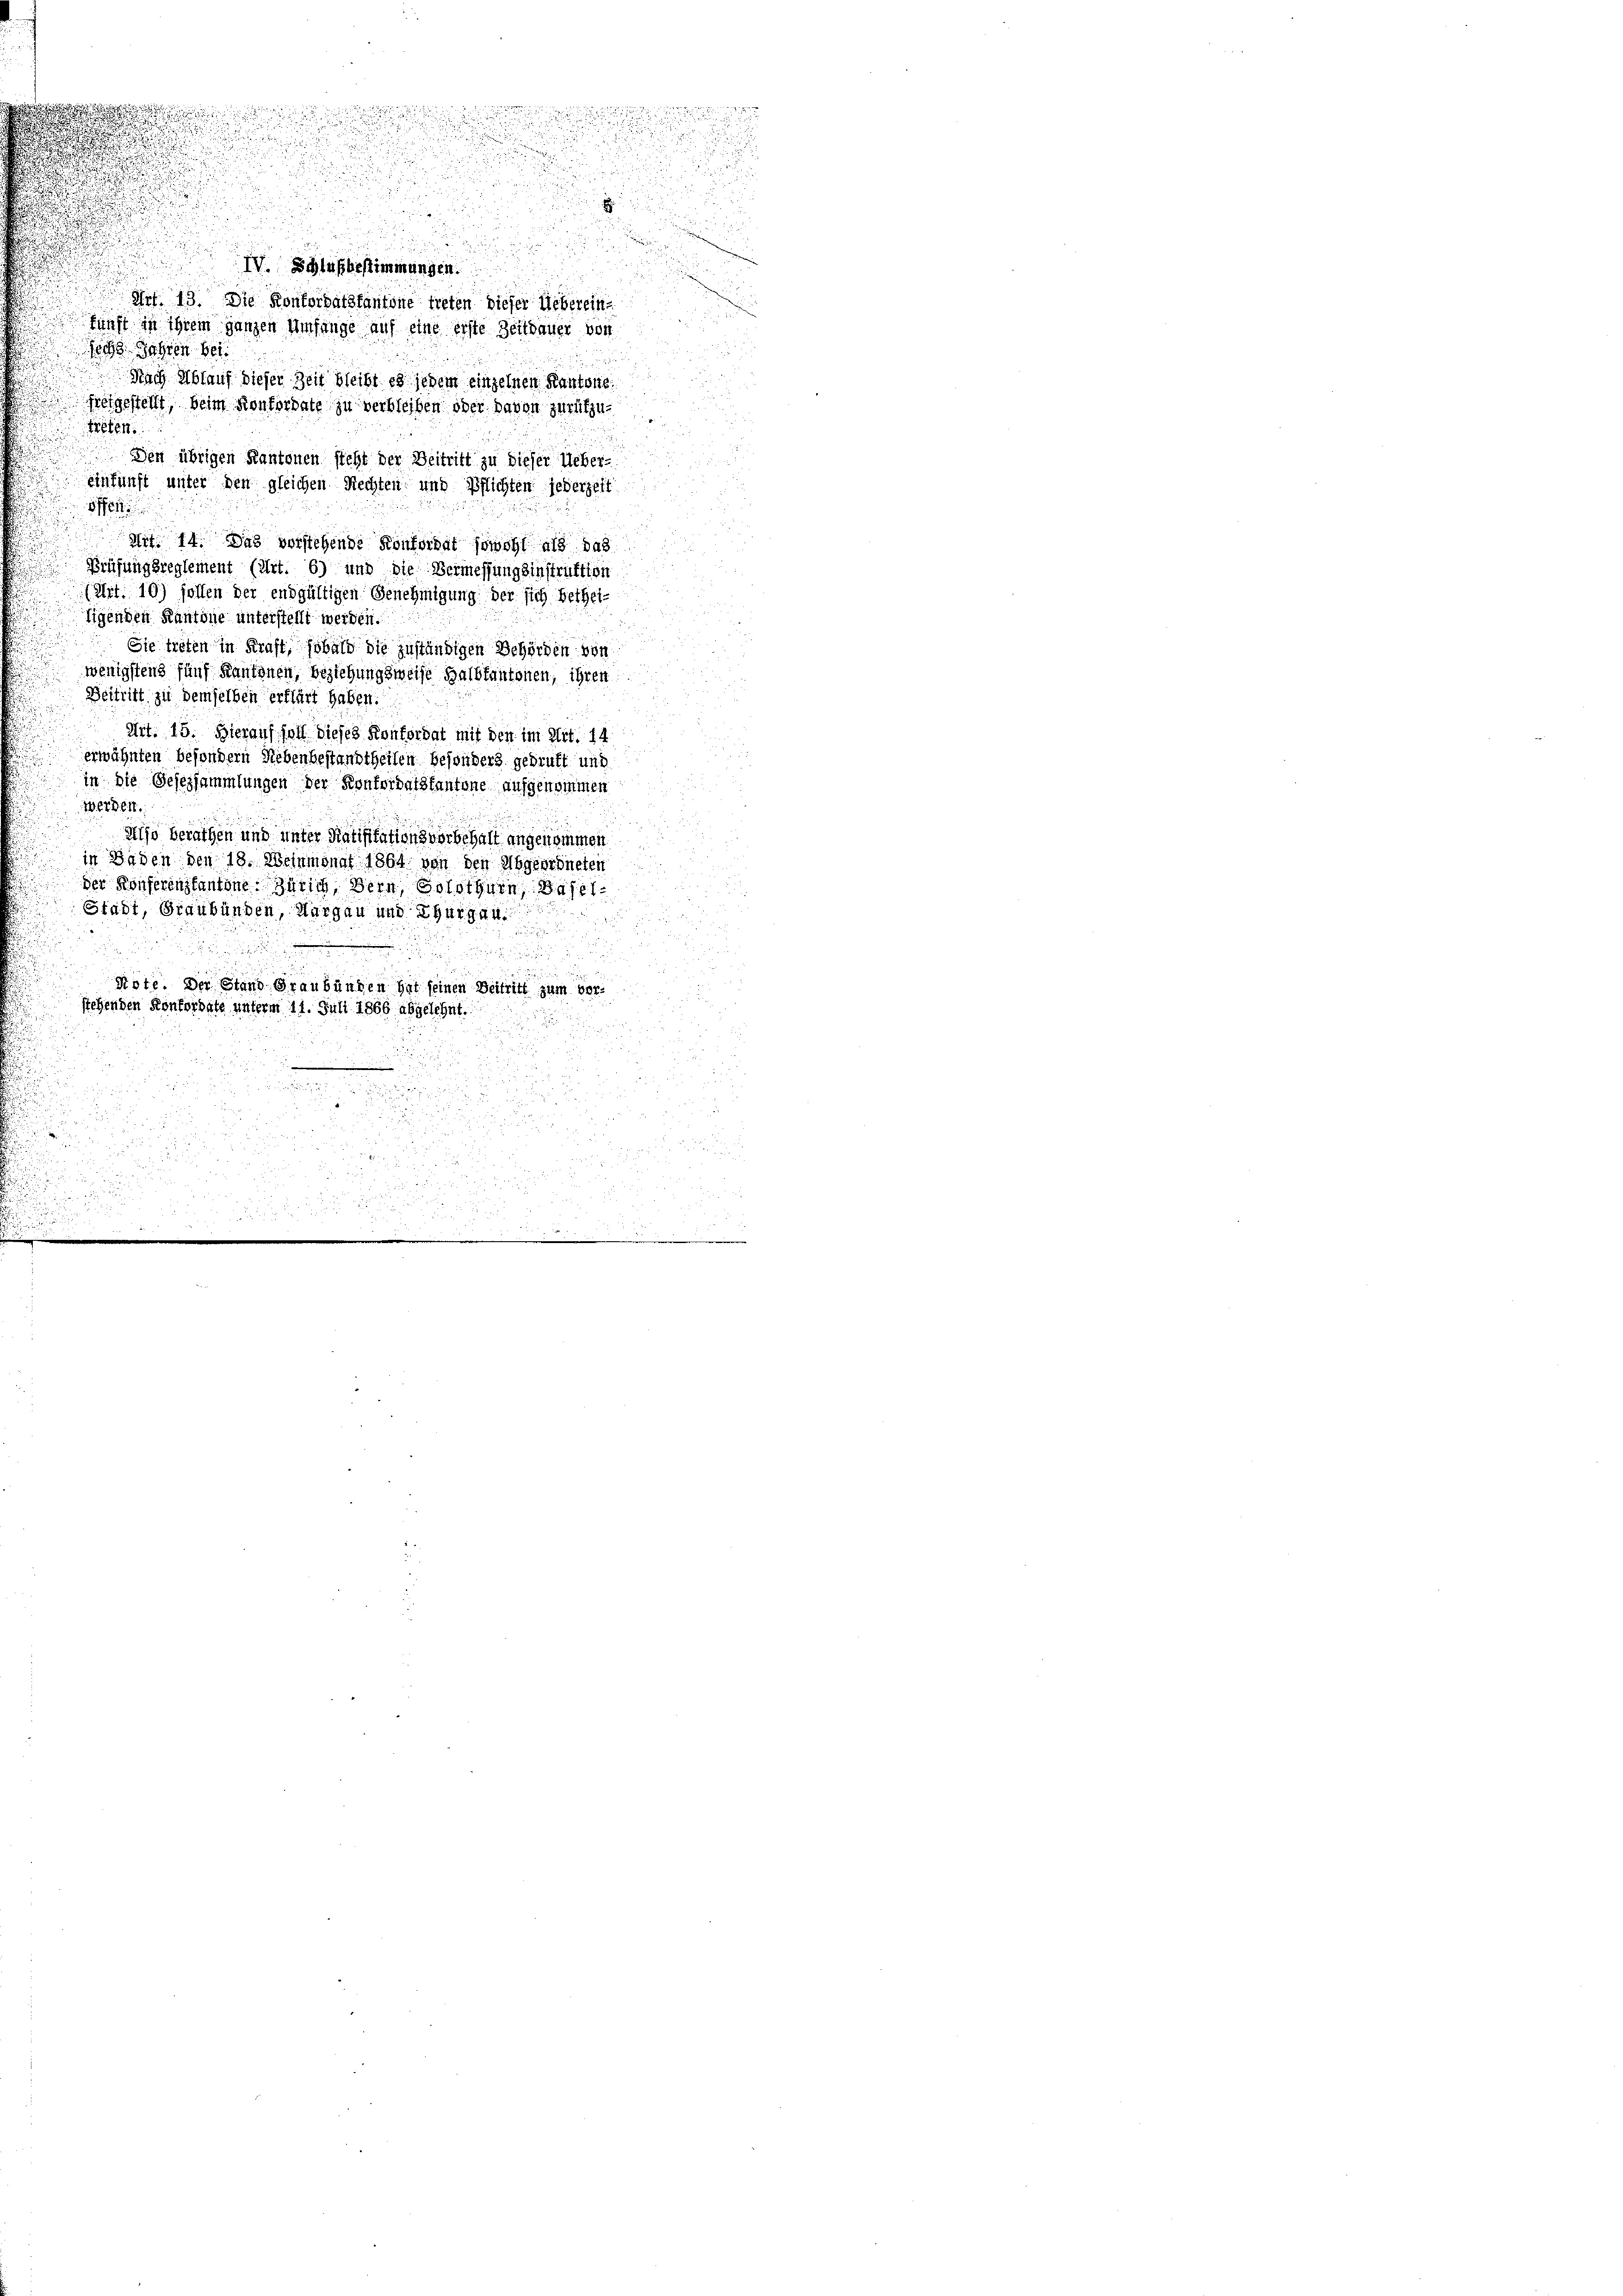
d
.
IV. Schlußbestimmungen.
Art. 13. Die Konkordatskantone treten dieser Ueberein
kunft in ihrem ganzen Umfange auf eine erste Zeitdauer von
sechs Jahren be
Nach Ablauf dieser Zeit bleibt es jedem einzelnen Kantone.
freigestellt, beim Konkordate zu verbleiben oder davon zurückzu¬
Treten
Den übrigen Kantonen steht der Beitritt zu dieser Ueber-
einfunft unter den gleichen Rechten und Pflichten jederzeit
ffe
Mit. 14. Das vorstehende Konkordat sowohl als das
Prüfungsreglement (Art. 6) und die Vermessungsinstruktion
(Art. 10) sollen der endgültigen Genehmigung der sich bethei-
ligenden Kantone unterstellt werden.
d
Sie treten in Kraft, sobald die zuständigen Behörden von
wenigstens fünf Kantonen, beziehungsweise Halbtantonen, ihren
Beitritt zu demselben erklärt haben.
Art. 15. Hierauf soll dieses Konfordat mit den im Mit. 14
erwähnten besondern Nebenbestandtheilen besonders gedruft und
in die Gesezsammlungen der Konfordatskantone aufgenommen
Werden.
Aljo Berathen und unter Ratifikationsvorbehalt angenommen
in Baden den 18. Weinmonat 1864 von den Abgeordneten
u
der Konferenzkantone: Zürich, Bern, Solothurn, das
Stadi, Graubünden, Hurgau und Thurgan

.

u

Rote. Der Stand Graubünden hat seinen Beitritt zum vor-
stehenden Konfordate unterm 11. Juli 1866 abgelehnt.

n
|

2

as¬
2
s
i
n

2 x 2
n
e
n
.
.
1